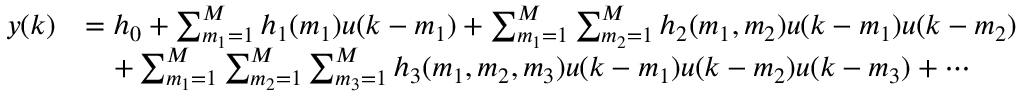
{ \begin{array} { r l } { y ( k ) } & { = h _ { 0 } + \sum _ { m _ { 1 } = 1 } ^ { M } h _ { 1 } ( m _ { 1 } ) u ( k - m _ { 1 } ) + \sum _ { m _ { 1 } = 1 } ^ { M } \sum _ { m _ { 2 } = 1 } ^ { M } h _ { 2 } ( m _ { 1 } , m _ { 2 } ) u ( k - m _ { 1 } ) u ( k - m _ { 2 } ) } \\ & { \quad + \sum _ { m _ { 1 } = 1 } ^ { M } \sum _ { m _ { 2 } = 1 } ^ { M } \sum _ { m _ { 3 } = 1 } ^ { M } h _ { 3 } ( m _ { 1 } , m _ { 2 } , m _ { 3 } ) u ( k - m _ { 1 } ) u ( k - m _ { 2 } ) u ( k - m _ { 3 } ) + \cdots } \end{array} }